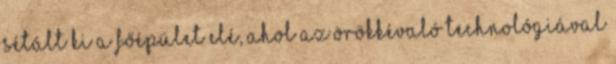
sétált ki a főépület elé, ahol az örökkévaló technológiával